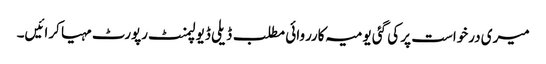
میری درخواست پر کی گئی یومیہ کارروائی مطلب ڈیلی ڈیولپمنٹ رپورٹ مہیا کرائیں۔